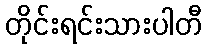
တိုင်းရင်းသားပါတီ